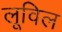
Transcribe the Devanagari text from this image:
लूविल